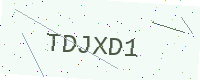
Text: TDJXD1